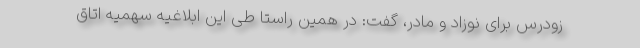
زودرس برای نوزاد و مادر، گفت: در همین راستا طی این ابلاغیه سهمیه اتاق